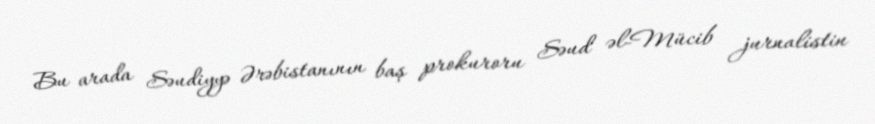
Bu arada Səudiyyə Ərəbistanının baş prokuroru Səud əl-Mücib jurnalistin